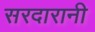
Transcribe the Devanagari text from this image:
सरदारानी